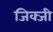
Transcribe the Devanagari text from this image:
जिक्जी